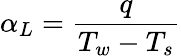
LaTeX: \alpha_{L}=\frac{q}{T_{w}-T_{s}}